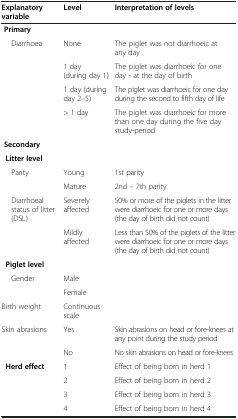
<table><thead><tr><td><b>Explanatory variable</b></td><td><b>Level</b></td><td><b>Interpretation of levels</b></td></tr></thead><tbody><tr><td> <b>Primary</b></td><td> </td><td> </td></tr><tr><td>Diarrhoea</td><td>None</td><td>The piglet was not diarrhoeic at any day</td></tr><tr><td> </td><td>1 day (during day 1)</td><td>The piglet was diarrhoeic for one day - at the day of birth</td></tr><tr><td> </td><td>1 day (during day 2–5)</td><td>The piglet was diarrhoeic for one day during the second to fifth day of life</td></tr><tr><td> </td><td>&gt; 1 day</td><td>The piglet was diarrhoeic for more than one day during the five day study-period</td></tr><tr><td> <b>Secondary</b></td><td> </td><td> </td></tr><tr><td> <b>Litter level</b></td><td> </td><td> </td></tr><tr><td>Parity</td><td>Young</td><td>1st parity</td></tr><tr><td> </td><td>Mature</td><td>2nd – 7th parity</td></tr><tr><td>Diarrhoeal status of litter (DSL)</td><td>Severely affected</td><td>50% or more of the piglets in the litter were diarrhoeic for one or more days (the day of birth did not count)</td></tr><tr><td> </td><td>Mildly affected</td><td>Less than 50% of the piglets of the litter were diarrhoeic for one or more days (the day of birth did not count)</td></tr><tr><td> <b>Piglet level</b></td><td> </td><td> </td></tr><tr><td>Gender</td><td>Male</td><td> </td></tr><tr><td> </td><td>Female</td><td> </td></tr><tr><td>Birth weight</td><td>Continuous scale</td><td> </td></tr><tr><td>Skin abrasions</td><td>Yes</td><td>Skin abrasions on head or fore-knees at any point during the study period</td></tr><tr><td> </td><td>No</td><td>No skin abrasions on head or fore-knees</td></tr><tr><td> <b>Herd effect</b></td><td>1</td><td>Effect of being born in herd 1</td></tr><tr><td> </td><td>2</td><td>Effect of being born in herd 2</td></tr><tr><td> </td><td>3</td><td>Effect of being born in herd 3</td></tr><tr><td> </td><td>4</td><td>Effect of being born in herd 4</td></tr></tbody></table>